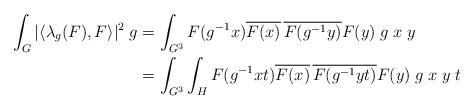
LaTeX: \begin{align*}\int_{G}|\langle\lambda_g(F),F\rangle|^2\;g & = \int_{G^3}F(g^{-1}x)\overline{F(x)}\,\overline{F(g^{-1}y)}F(y)\;g\;x\;y\\& = \int_{G^3}\int_{H}F(g^{-1}xt)\overline{F(x)}\,\overline{F(g^{-1}yt)}F(y)\;g\;x\;y\;t\end{align*}